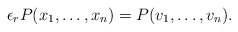
\begin{align*}\epsilon_rP(x_1, \ldots, x_n)=P(v_1, \ldots, v_n).\end{align*}